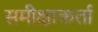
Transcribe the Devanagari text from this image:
समीक्षाकर्ता